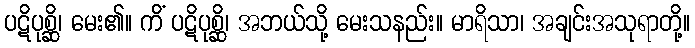
ပဋိပုစ္ဆိ၊ မေး၏။ ကိံ ပဋိပုစ္ဆိ၊ အဘယ်သို့ မေးသနည်း။ မာရိသာ၊ အချင်းအသုရာတို့။